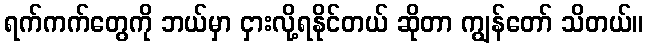
ရက်ကက်တွေကို ဘယ်မှာ ငှားလို့ရနိုင်တယ် ဆိုတာ ကျွန်တော် သိတယ်။